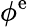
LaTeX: \phi^{\mathrm{e}}